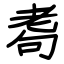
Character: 耈